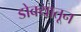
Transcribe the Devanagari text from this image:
डोक्‍यातून